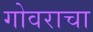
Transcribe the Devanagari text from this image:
गोवराचा